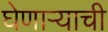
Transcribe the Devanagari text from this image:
घेणाऱ्याची